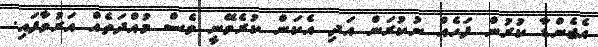
އެޖެންޑާ ކުރުން ފަހެއް ނުކުރަން އަދި އެކަން ކުރެވޭނީ ވެސް މުއްދަތެއް އަރުވާފައި.